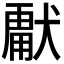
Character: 𭸣